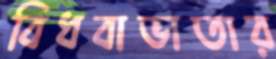
বিধবাভাতার